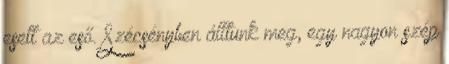
esett az eső. Szécsényben álltunk meg, egy nagyon szép